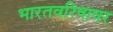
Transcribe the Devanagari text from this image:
भारतवरिषावर